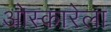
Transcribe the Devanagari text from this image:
ओस्कारेला